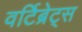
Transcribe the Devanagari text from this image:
वर्टिब्रेट्स